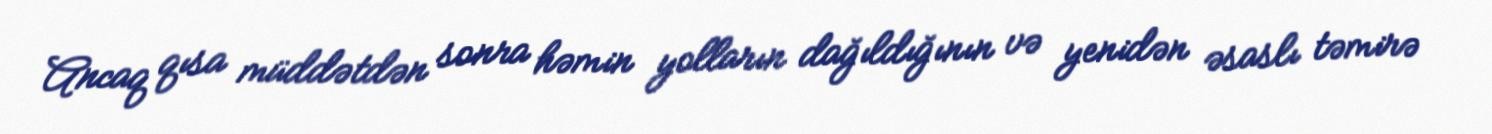
Ancaq qısa müddətdən sonra həmin yolların dağıldığının və yenidən əsaslı təmirə